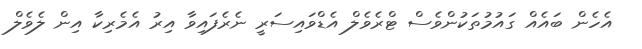
އެހެން ބައެއް ގައުމުތަކުންވެސް ޓްރެވެލް އެޑްވައިސަރީ ނެރެފައިވާ އިރު އެމެރިކާ އިން ލެވެލް